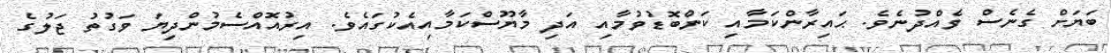
ބަޔަށް ގެނެސް ވެއްދުނެވެ. ޙައިރާންކަމާއި ކަންބޮޑުވުމާއި އަދި މާޔޫސްކަމާއިއެކުގައެވެ. އިރުއޮއްސެމުންދިޔަ ވަގުތު ޖަލުގެ